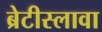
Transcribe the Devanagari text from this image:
ब्रेटीस्लावा